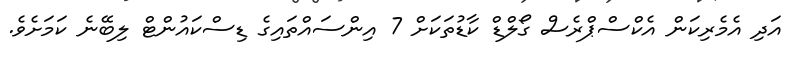
އަދި އެމެރިކަން އެކްސްޕްރެސް ގޯލްޑް ކާޑުތަކަށް 7 އިންސައްތައިގެ ޑިސްކައުންޓް ލިބޭނެ ކަމަށެވެ.